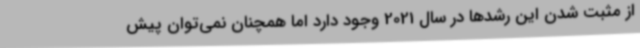
از مثبت شدن این رشدها در سال 2021 وجود دارد اما همچنان نمی‌توان پیش